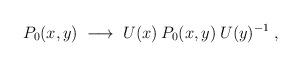
LaTeX: \begin{align*}P_0(x,y) \;\longrightarrow\; U(x)\: P_0(x,y)\: U(y)^{-1}\;, \end{align*}